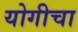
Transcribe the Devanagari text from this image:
योगीचा